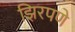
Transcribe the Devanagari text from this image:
झिरपणे